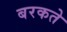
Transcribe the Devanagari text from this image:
बरकते